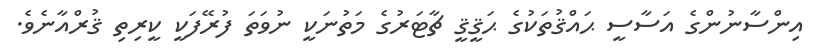
އިންސާނުންގެ އަސާސީ ޙައްޤުތަކުގެ ޙަޤީޤީ ޗާޓަރުގެ މަތުނަކީ ނުވަތަ ފުރޭފަކީ ކީރިތި ޤުރްއާނެވެ.